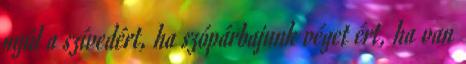
nyúl a szívedért, ha szópárbajunk véget ért, ha van